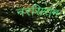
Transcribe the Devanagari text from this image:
नरसिराम